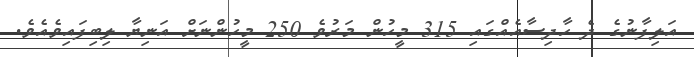
އަލިފާނުގެ ދެ ހާދިސާއެއްގައި 315 މީހުން މަރުވެ 250 މީހުންނަށް އަނިޔާ ލިބިފައިވެއެވެ.